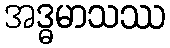
အဒ္ဓမာသဿ